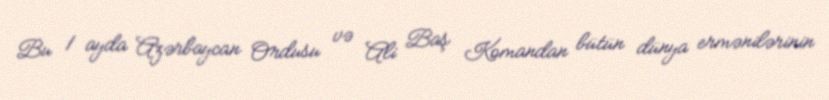
Bu 1 ayda Azərbaycan Ordusu və Ali Baş Komandan bütün dünya ermənilərinin